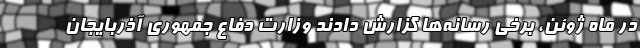
در ماه ژوئن، برخی رسانه‌ها گزارش دادند وزارت دفاع جمهوری آذربایجان